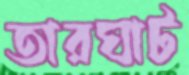
তারঘাট